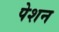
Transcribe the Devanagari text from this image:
पेशन